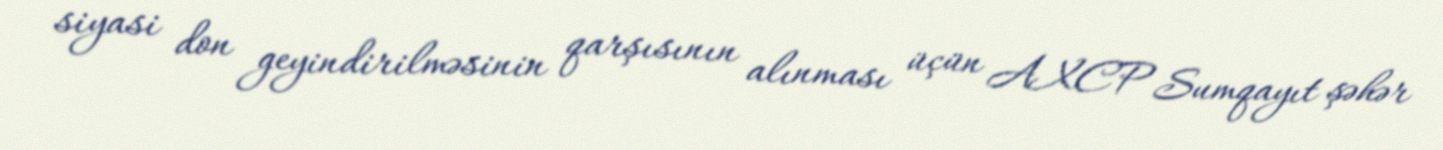
siyasi don geyindirilməsinin qarşısının alınması üçün AXCP Sumqayıt şəhər